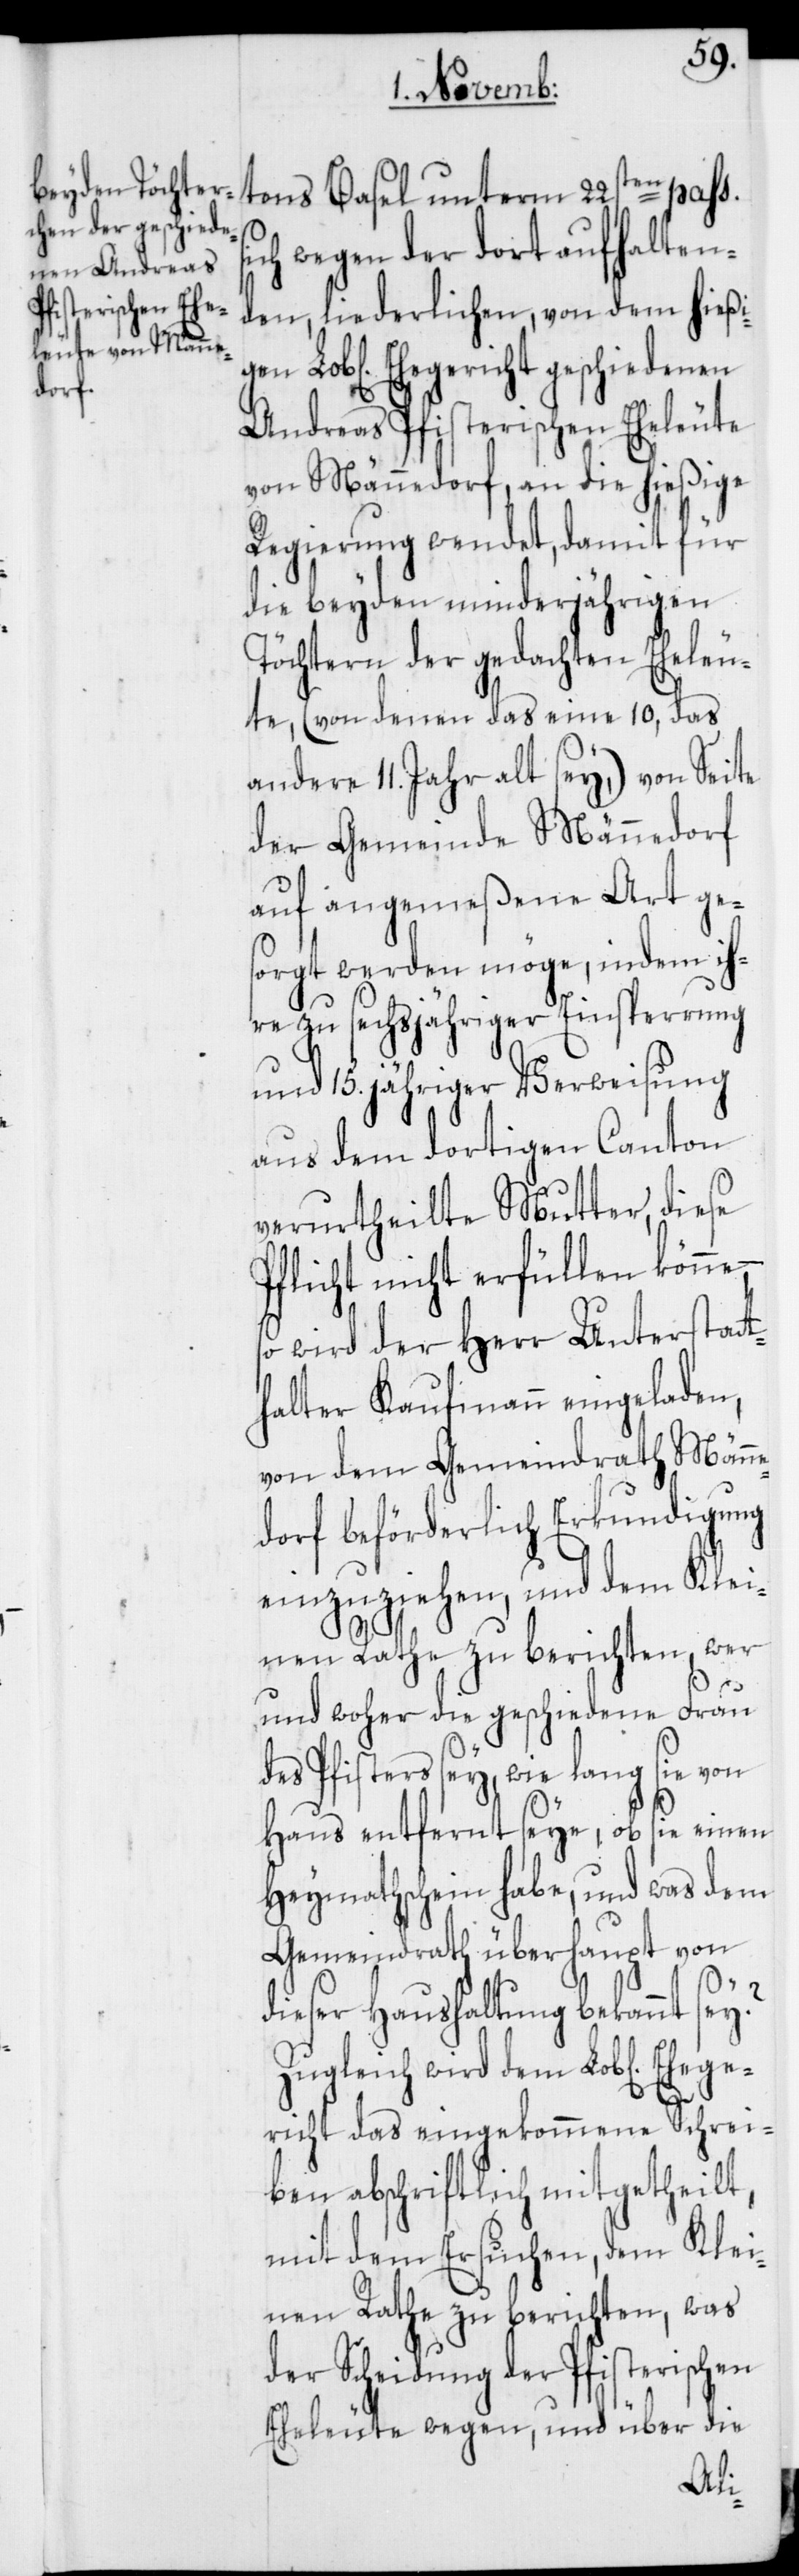
unterm
ich wegen der dort aufhalten¬
den, liederlichen, von dem hießi¬
Ehegericht geschiedenen
Andreas Pfisterischen Eheleute
von Männedorf, an die hießige
Regierung wendet, damit für
die beyden minderjährigen
Töchtern der gedachten Eheleu¬
te, (von denen das eine 10, das
andere 11. Jahr alt sey,) von Seite
der Gemeinde Männedorf
auf angemeßene Art ge¬
sorgt werden möge, indem ih¬
re zu sechsjähriger Einsperrung
und 15. jähriger Verweisung
aus dem dortigen Canton
verurtheilte Mutter, diese
Pflicht nicht erfüllen könne,
so wird der Herr Unterstat¬
halter Kaufmann eingeladen,
von dem Gemeindrath Männ¬
edorf beförderlich Erkundigung
einzuziehen, und dem Klei¬
nen Rathe zu berichten, wer
und woher die geschiedene Frau
des Pfisters sey, wie lange sie
Haus entfernt seye, ob sie einen
Heymathschein habe, und was dem
Gemeindrath überhaupt von
Ehege¬
dieser Haushaltung bekannt sey?
Zugleich wird dem Lob[lichen]
richt das eingekommene Schrei¬
ben abschriftlich mitgetheilt,
mit dem Ersuchen, dem Klei¬
nen Rathe zu berichten, was
der Scheidung der Pfisterischen
Eheleute wegen, und über die